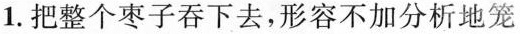
1.把整个枣子吞下去，形容不加分析地笼